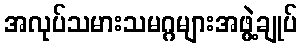
အလုပ်သမားသမဂ္ဂများအဖွဲ့ချုပ်